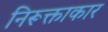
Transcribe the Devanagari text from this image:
निरूक्ताकार